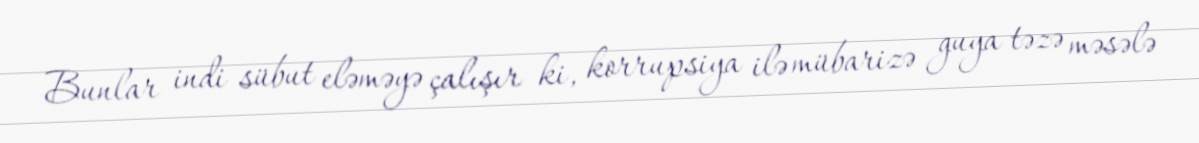
Bunlar indi sübut eləməyə çalışır ki, korrupsiya ilə mübarizə guya təzə məsələ